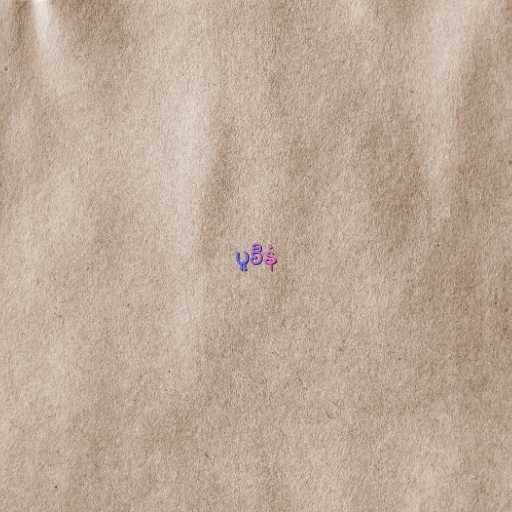
ပူစီနံ